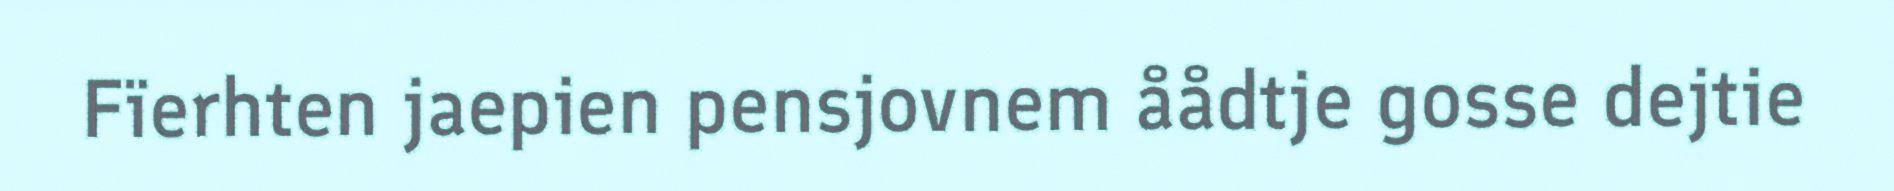
Fïerhten jaepien pensjovnem åådtje gosse dejtie